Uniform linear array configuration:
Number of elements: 48
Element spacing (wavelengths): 1
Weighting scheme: exponential
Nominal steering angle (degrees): -60
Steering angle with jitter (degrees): -58.3
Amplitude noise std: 0.05
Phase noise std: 0.05

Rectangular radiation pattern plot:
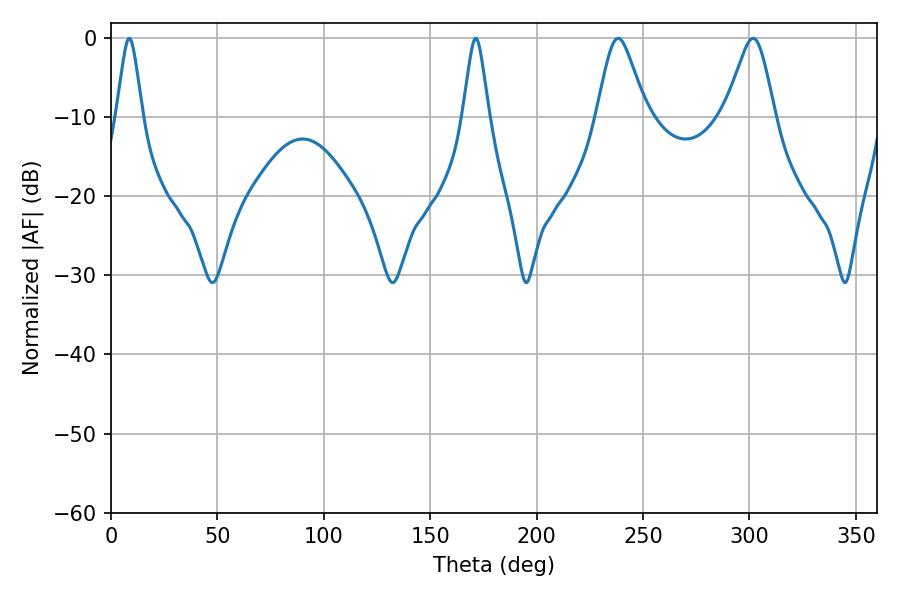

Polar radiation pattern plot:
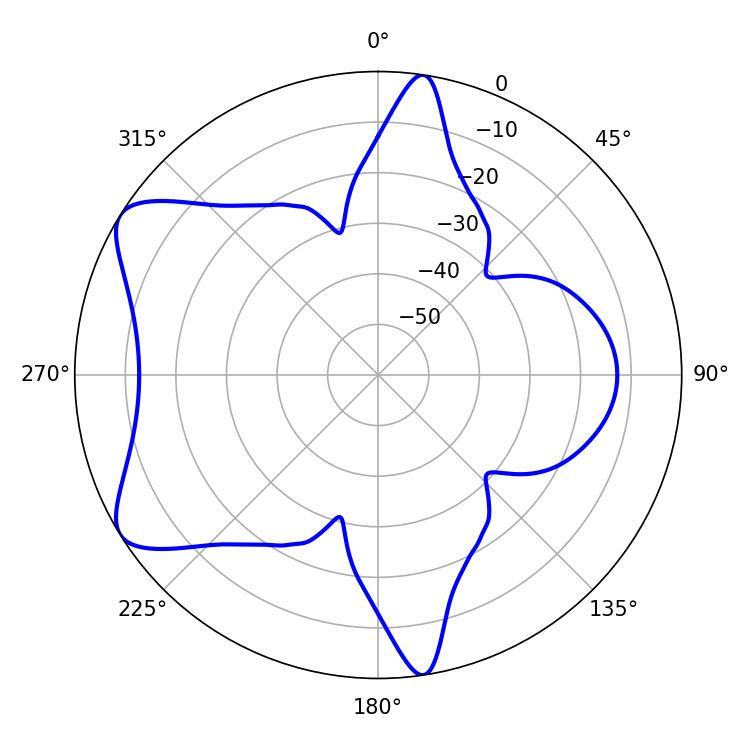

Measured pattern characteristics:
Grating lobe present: TRUE
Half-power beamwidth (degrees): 11.34
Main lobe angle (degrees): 238.32